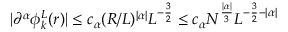
| \partial ^ { \alpha } \phi _ { k } ^ { L } ( r ) | \leq c _ { \alpha } ( R / L ) ^ { | \alpha | } L ^ { - \frac 3 2 } \leq c _ { \alpha } N ^ { \frac { | \alpha | } { 3 } } L ^ { - \frac 3 2 - | \alpha | }